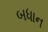
બધાન